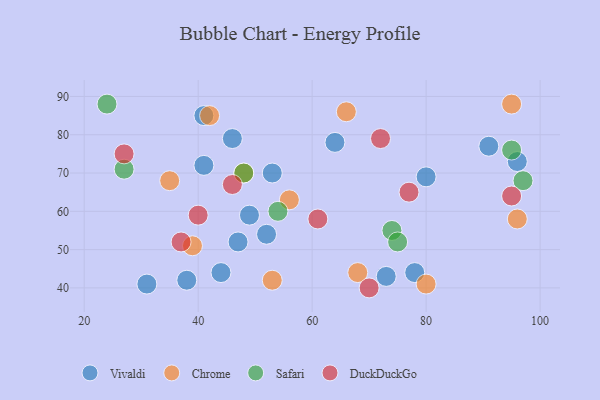
{"axis": {"x": "GDP", "y": "Life Expectancy"}, "legend": ["Chrome", "DuckDuckGo", "Safari", "Vivaldi"], "data": [{"x": "91", "y": 77, "type": "Vivaldi"}, {"x": "53", "y": 70, "type": "Vivaldi"}, {"x": "38", "y": 42, "type": "Vivaldi"}, {"x": "44", "y": 44, "type": "Vivaldi"}, {"x": "96", "y": 73, "type": "Vivaldi"}, {"x": "41", "y": 72, "type": "Vivaldi"}, {"x": "80", "y": 69, "type": "Vivaldi"}, {"x": "52", "y": 54, "type": "Vivaldi"}, {"x": "73", "y": 43, "type": "Vivaldi"}, {"x": "41", "y": 85, "type": "Vivaldi"}, {"x": "47", "y": 52, "type": "Vivaldi"}, {"x": "46", "y": 79, "type": "Vivaldi"}, {"x": "49", "y": 59, "type": "Vivaldi"}, {"x": "78", "y": 44, "type": "Vivaldi"}, {"x": "31", "y": 41, "type": "Vivaldi"}, {"x": "64", "y": 78, "type": "Vivaldi"}, {"x": "35", "y": 68, "type": "Chrome"}, {"x": "48", "y": 70, "type": "Chrome"}, {"x": "42", "y": 85, "type": "Chrome"}, {"x": "56", "y": 63, "type": "Chrome"}, {"x": "96", "y": 58, "type": "Chrome"}, {"x": "95", "y": 88, "type": "Chrome"}, {"x": "68", "y": 44, "type": "Chrome"}, {"x": "66", "y": 86, "type": "Chrome"}, {"x": "39", "y": 51, "type": "Chrome"}, {"x": "80", "y": 41, "type": "Chrome"}, {"x": "53", "y": 42, "type": "Chrome"}, {"x": "97", "y": 68, "type": "Safari"}, {"x": "27", "y": 71, "type": "Safari"}, {"x": "24", "y": 88, "type": "Safari"}, {"x": "48", "y": 70, "type": "Safari"}, {"x": "74", "y": 55, "type": "Safari"}, {"x": "54", "y": 60, "type": "Safari"}, {"x": "75", "y": 52, "type": "Safari"}, {"x": "95", "y": 76, "type": "Safari"}, {"x": "70", "y": 40, "type": "DuckDuckGo"}, {"x": "72", "y": 79, "type": "DuckDuckGo"}, {"x": "37", "y": 52, "type": "DuckDuckGo"}, {"x": "46", "y": 67, "type": "DuckDuckGo"}, {"x": "27", "y": 75, "type": "DuckDuckGo"}, {"x": "40", "y": 59, "type": "DuckDuckGo"}, {"x": "61", "y": 58, "type": "DuckDuckGo"}, {"x": "95", "y": 64, "type": "DuckDuckGo"}, {"x": "77", "y": 65, "type": "DuckDuckGo"}]}